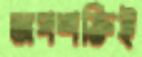
অপশক্তিই